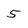
Character: 5